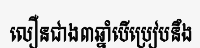
លឿនជាង៣ឆ្នាំបើប្រៀបនឹង